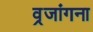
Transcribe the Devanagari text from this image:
व्रजांगना